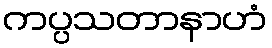
ကပ္ပသတာနာဟံ